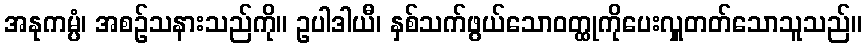
အနုကမ္ပံ၊ အစဉ်သနားသည်ကို။ ဥပါဒါယီ၊ နှစ်သက်ဖွယ်သောဝတ္ထုကိုပေးလှူတတ်သောသူသည်။